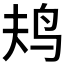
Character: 𱉎